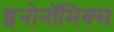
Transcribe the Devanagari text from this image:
इनोनॉमिक्स